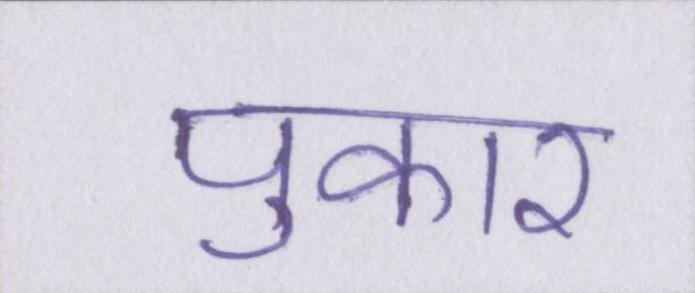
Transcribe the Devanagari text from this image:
पुकार